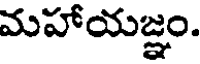
మహాయజ్ఞం.